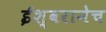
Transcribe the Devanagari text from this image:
ईश्वरानेच